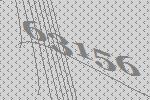
63156